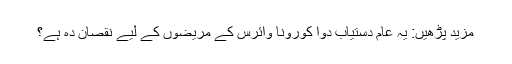
مزید پڑھیں: یہ عام دستیاب دوا کورونا وائرس کے مریضوں کے لیے نقصان دہ ہے؟